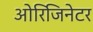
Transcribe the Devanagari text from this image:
ओरिजिनेटर